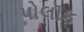
પોલૉક